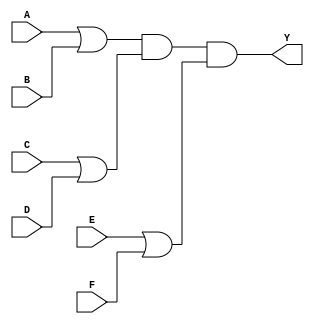
module pos_simplification (
    input wire A,
    input wire B,
    input wire C,
    input wire D,
    input wire E,
    input wire F,
    output wire Y
);

// Intermediate signals for sum terms
wire sum_term1; // A + B
wire sum_term2; // C + D
wire sum_term3; // E + F

// OR gates for sum terms
assign sum_term1 = A | B; // A + B
assign sum_term2 = C | D; // C + D
assign sum_term3 = E | F; // E + F

// AND gate for final output Y
assign Y = sum_term1 & sum_term2 & sum_term3; // (A + B)(C + D)(E + F)

endmodule